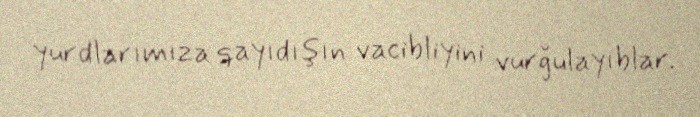
yurdlarımıza qayıdışın vacibliyini vurğulayıblar.